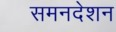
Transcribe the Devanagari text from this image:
समनदेशन